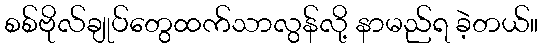
စစ်ဗိုလ်ချုပ်တွေထက်သာလွန်လို့ နာမည်ရ ခဲ့တယ်။